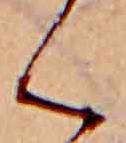
く